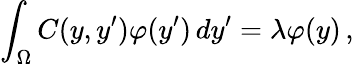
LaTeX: \int_{\Omega}C(y,y^{\prime})\varphi(y^{\prime})\, dy^{\prime}=\lambda\varphi(y)\, ,